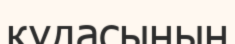
құдасынын